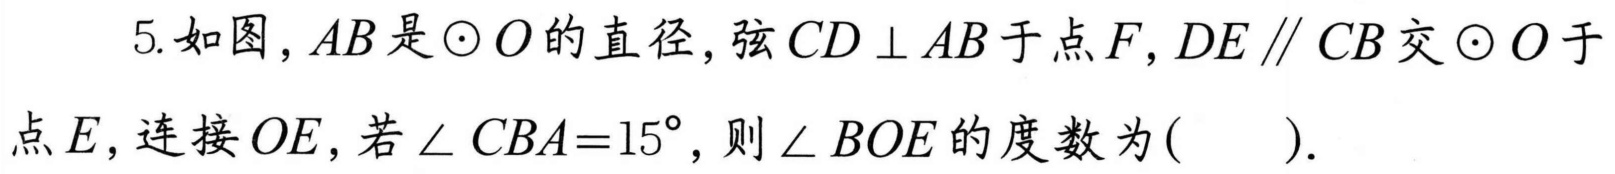
5. 如图，$AB$是$\odot O$的直径，弦$CD\perp AB$于点$F$，$DE\parallel CB$交$\odot O$于
点$E$，连接$OE$，若$\angle CBA = 15^{\circ}$，则$\angle BOE$的度数为( ).